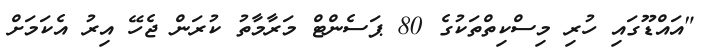
"އައްޑޫގައި ހުރި މިސްކިތްތަކުގެ 80 ޕަސެންޓް މަރާމާތު ކުރަން ޖެހޭ އިރު އެކަމަށް